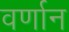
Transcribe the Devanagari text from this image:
वर्णान